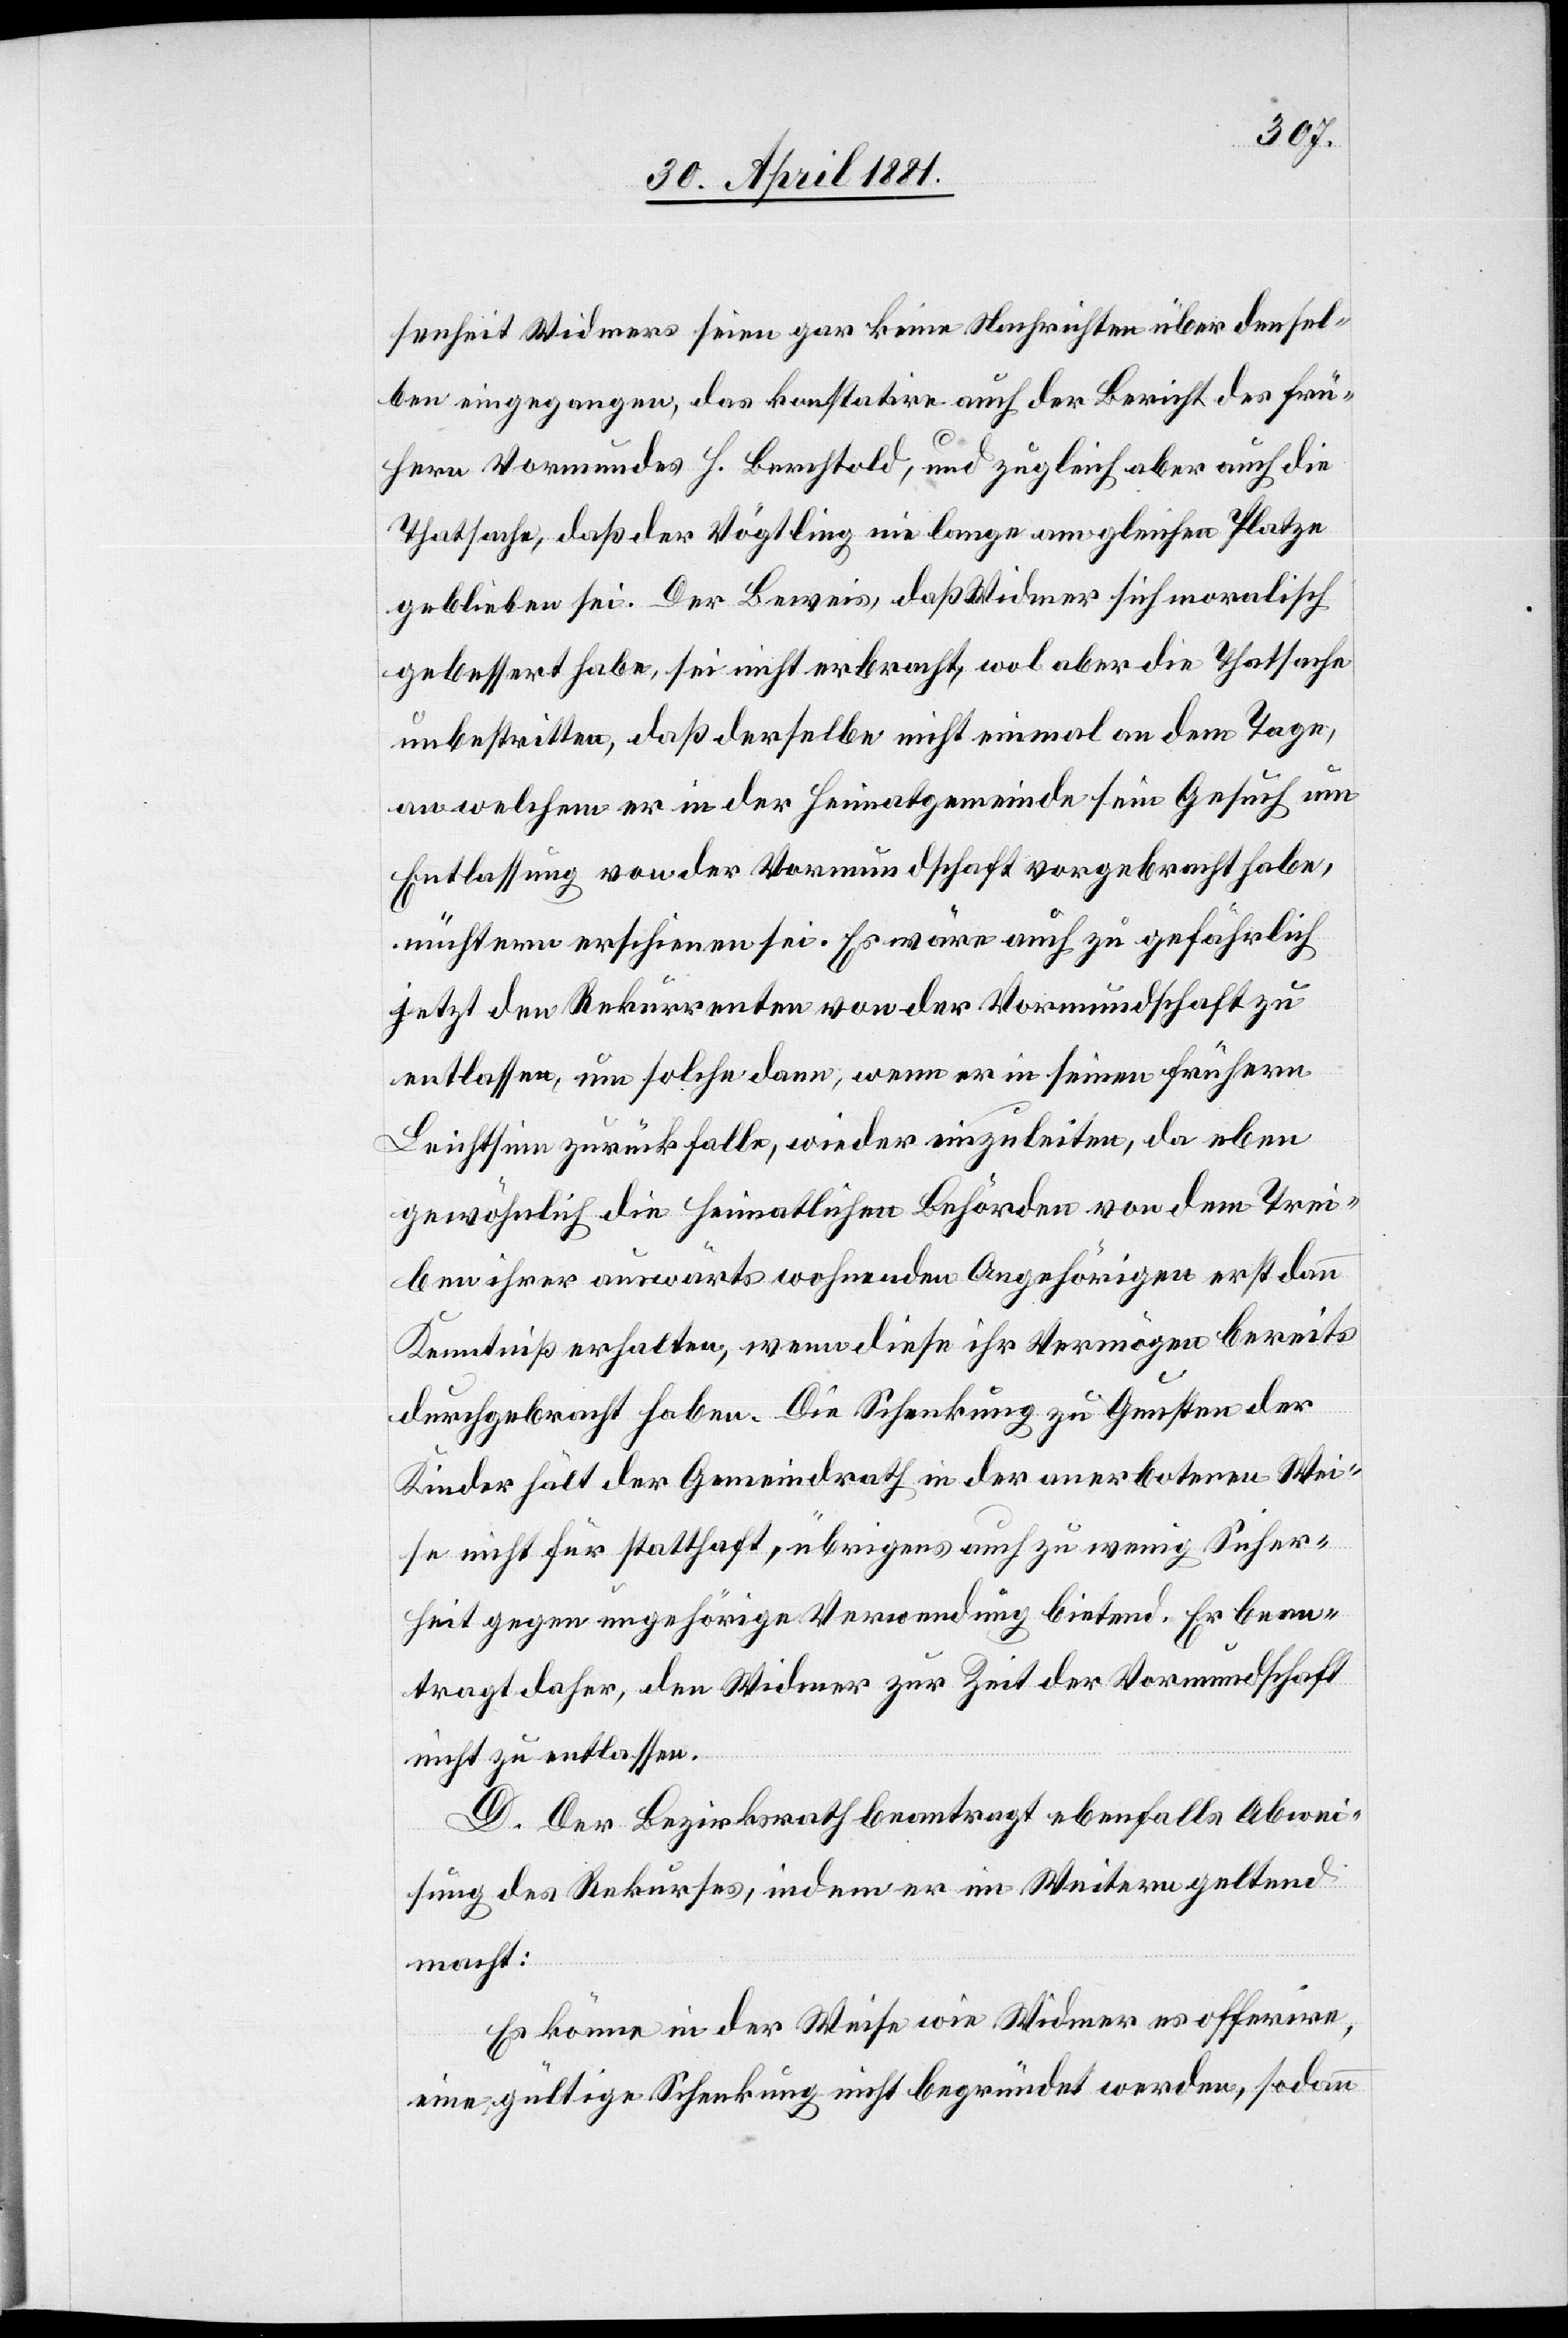
senheit Widmers seien gar keine Nachrichten über densel¬
ben eingegangen, das konstatire auch der Bericht des frü¬
hern Vormundes H. Berchtold, und zugleich aber auch die
Thatsache, daß der Vögtling nie lange am gleichen Platze
geblieben sei. Der Beweis, daß Widmer sich moralisch
gebessert habe, sei nicht erbracht, wol aber die Thatsache
unbestritten, daß derselbe nicht einmal an dem Tage
an welchem er in der Heimtatgemeinde sein Gesuch um
Entlassung von der Vormundschaft vorgebracht habe,
nüchtern erschienen sei. Es wäre auch zu gefährlich
jetzt den Rekurrenten von der Vormundschaft zu
entlassen, um solche dann, wenn er in seinen frühern
Leichtsinn zurückfalle, wieder einzuleiten, da eben
gewöhnlich die heimatlichen Behörden von dem Trei¬
ben ihrer auswärts wohnenden Angehörigen erst dann
Kenntniß erhalten, wenn diese ihr Vermögen bereits
durchgebracht haben. Die Schenkung zu Gunsten der
Kinder hält der Gemeindrath in der anerbotenen Wei¬
se nicht für statthaft, übrigens auch zu wenig Sicher¬
heit gegen ungehörige Verwendung bietend. Er bean¬
tragt daher, den Widmer zur Zeit der Vormundschaft
nicht zu entlassen.
D. Der Bezirksrath beantragt ebenfalls Abwei¬
sung des Rekurses, indem er im Weitern geltend
macht:
Es könne in der Weise wie Widmer es offerire
eine gültige Schenkung nicht begründet werden, sodann